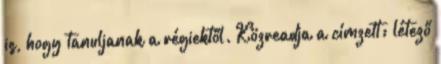
is, hogy tanuljanak a régiektől. Közreadja a címzett: létező